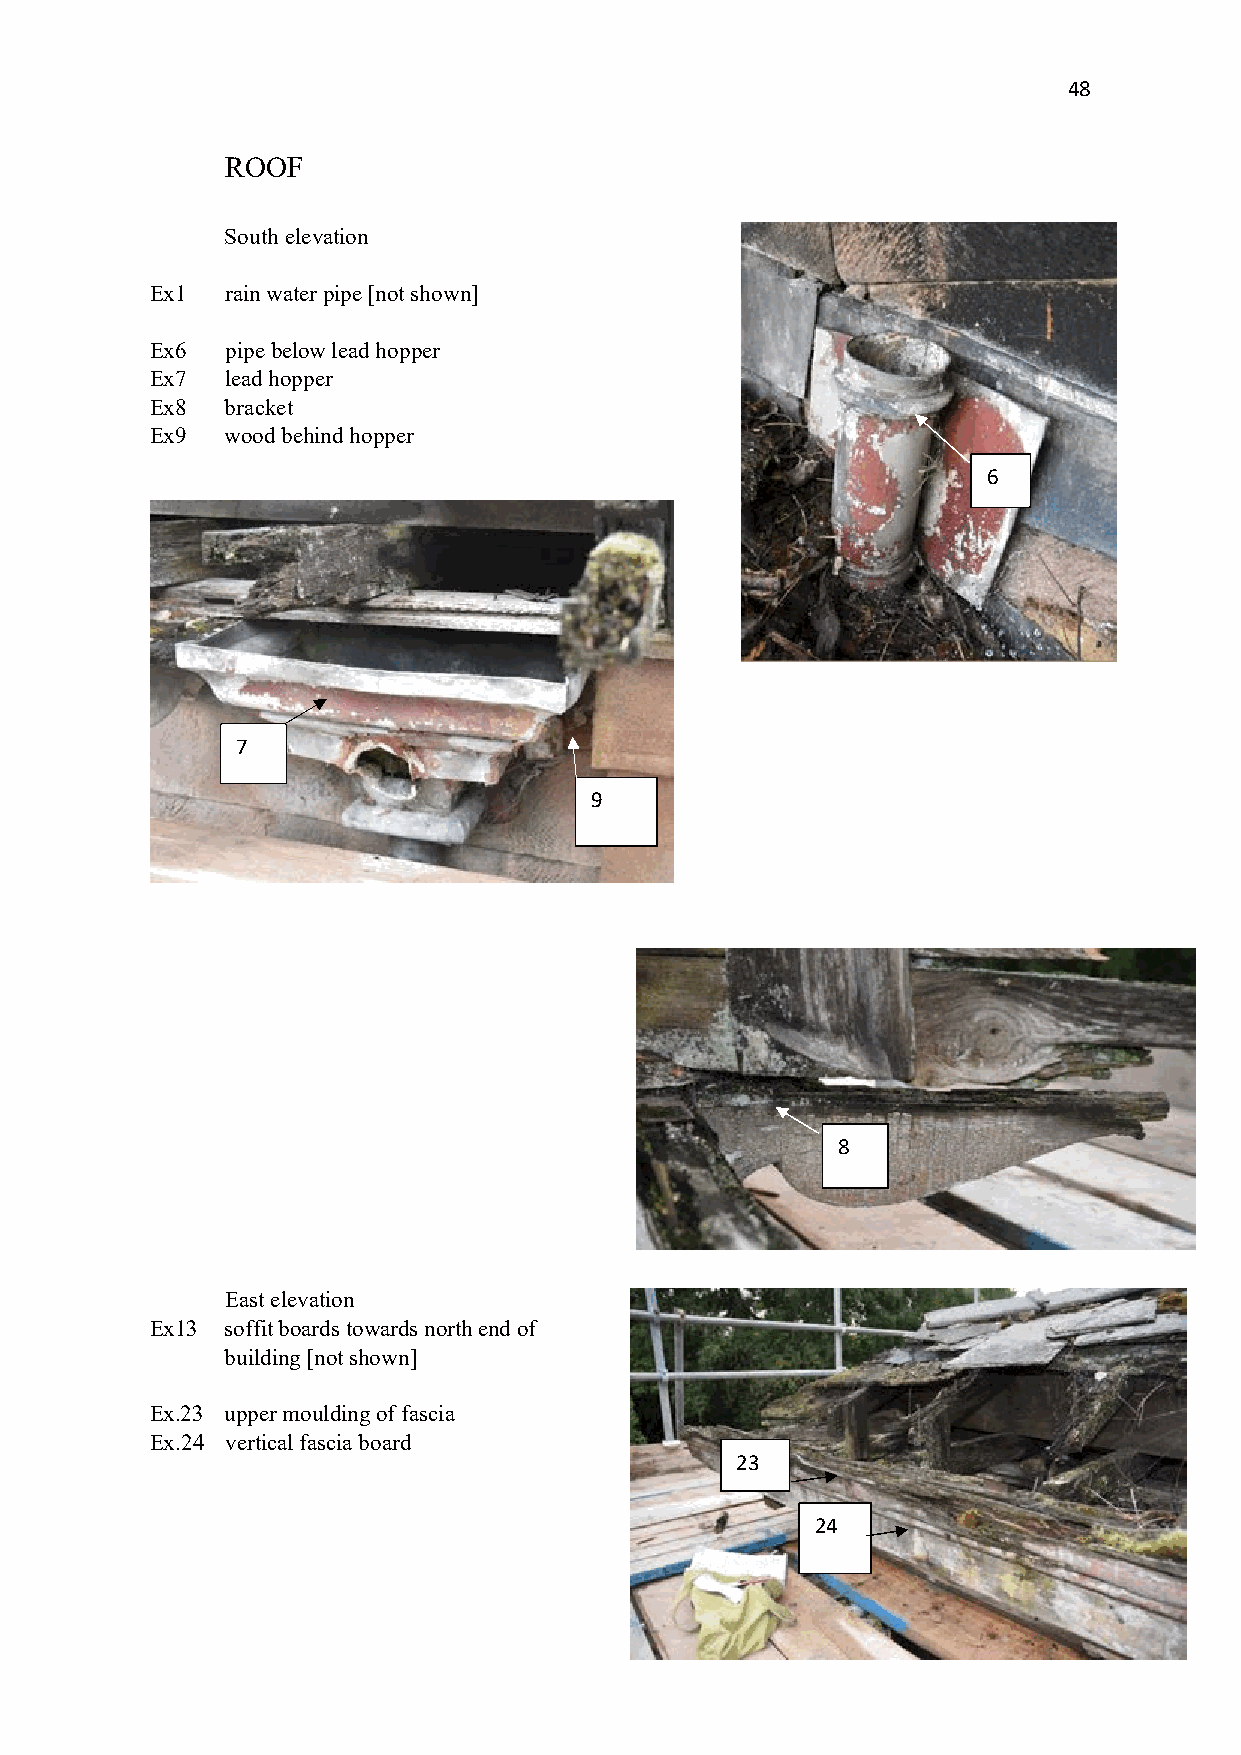
48
 ROOF
 South elevation
 Ex1  rain water pipe [not shown]
 Ex6  pipe below lead hopper
 Ex7  lead hopper
 Ex8  bracket
 Ex9  wood behind hopper
 6
 7
 9
 8
 East elevation
 Ex13 soffit boards towards north end of
 building [not shown]
 Ex.23 upper moulding of fascia
 Ex.24 vertical fascia board
 23
 24